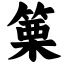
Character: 篥